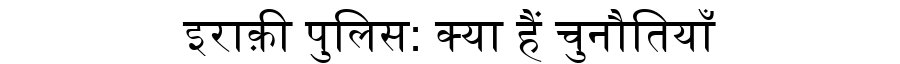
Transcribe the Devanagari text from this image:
इराक़ी पुलिस: क्या हैं चुनौतियाँ